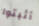
أثبتوا